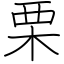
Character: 栗